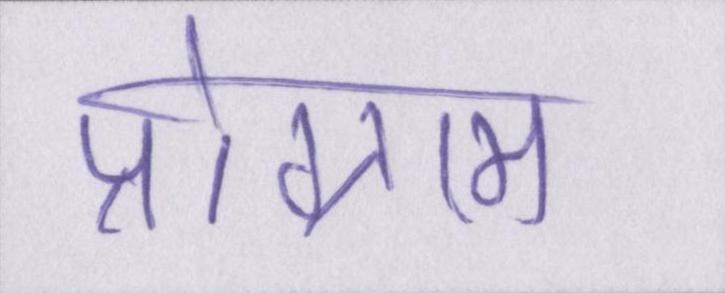
प्रोग्राम